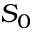
S _ { 0 }